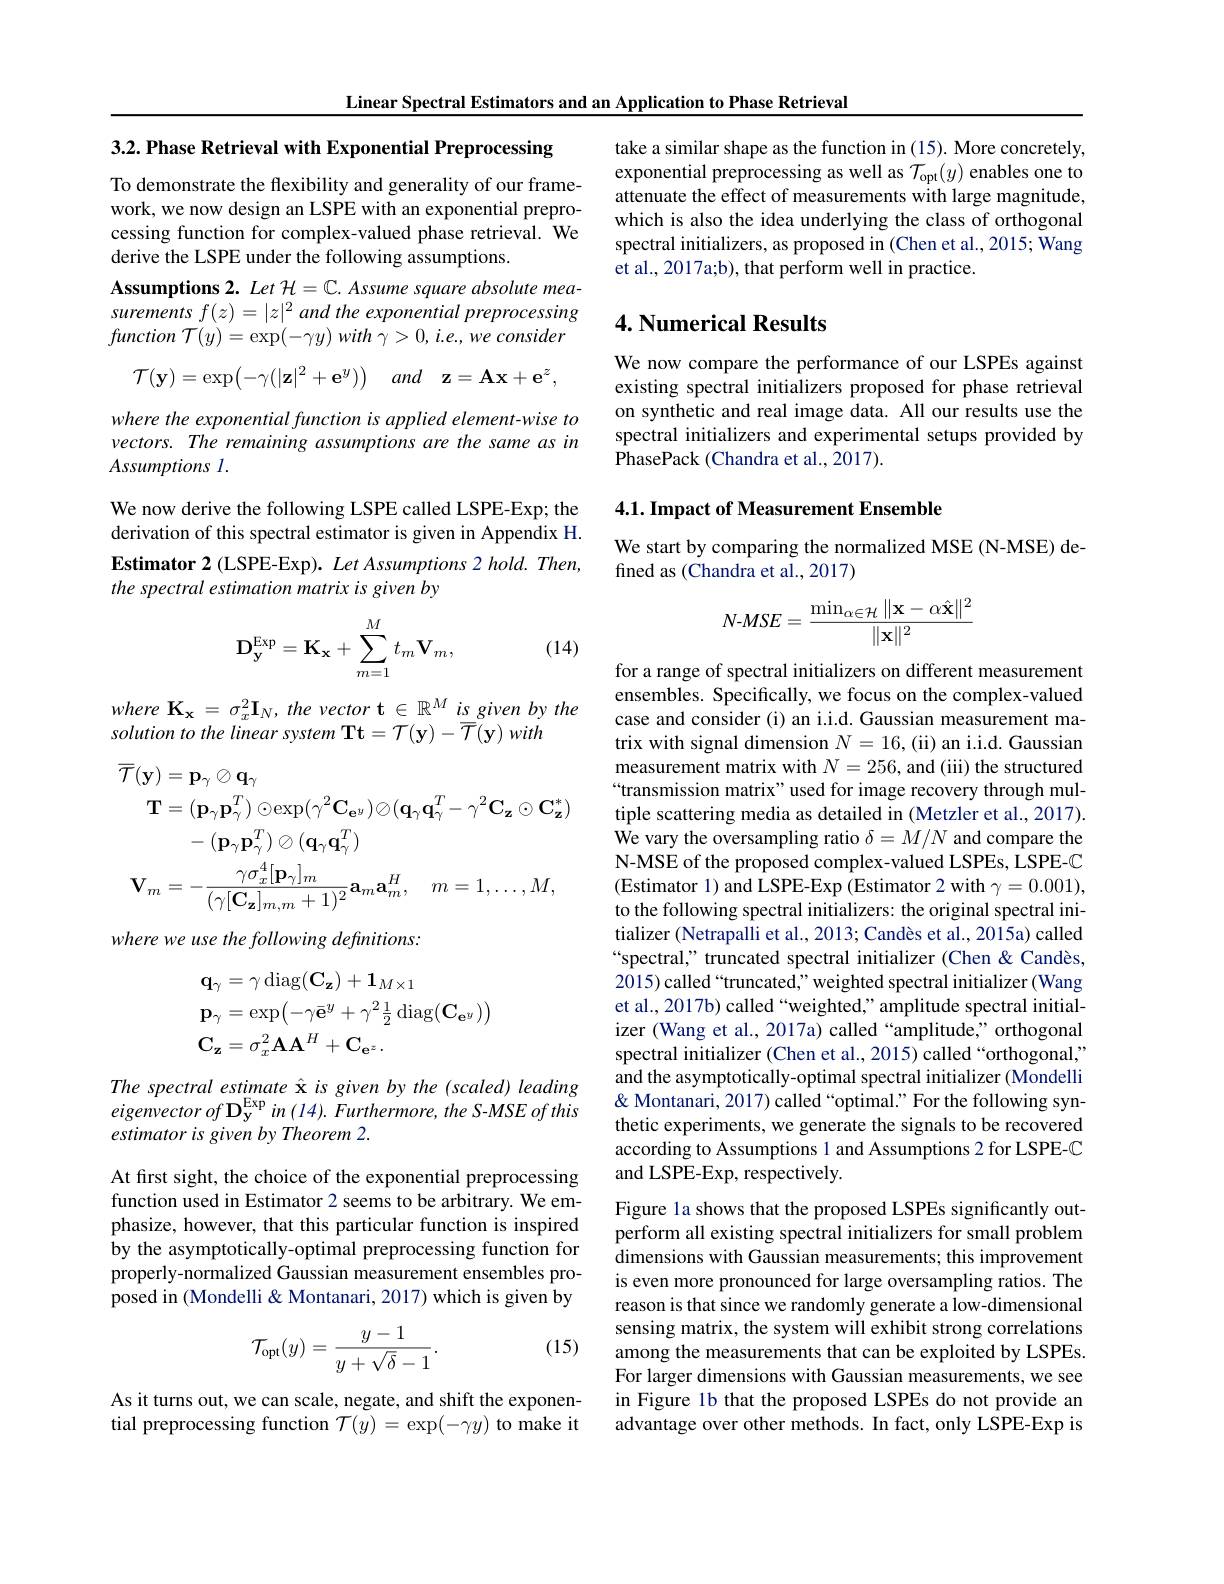
Linear Spectral Estimators and an Application to Phase Retrieval

3.2. Phase Retrieval with Exponential Preprocessing

To demonstrate the flexibility and generality of our framework, we now design an LSPE with an exponential preprocessing function for complex-valued phase retrieval. We derive the LSPE under the following assumptions.
Assumptions 2. Let $\mathcal{H}=\mathbb{C}.$ Assume square absolute mea- $surementsf(z)=|z|^2$ and the exponential preprocessing $function~{\mathcal T}(y)=\exp(-\gamma y)~with~\gamma>0,~i.e.,~we~consider$
$$\mathcal{T}(\mathbf{y})=\exp\bigl(-\gamma(|\mathbf{z}|^2+\mathbf{e}^y)\bigr)\quad and\quad\mathbf{z}=\mathbf{A}\mathbf{x}+\mathbf{e}^z$$
where the exponential function is applied element-wise to vectors. The remaining assumptions are the same as in $Assumptions~I.$

We now derive the following LSPE called LSPE-Exp; the derivation of this spectral estimator is given in Appendix H. Estimator 2 (LSPE-Exp). Let Assumptions 2 hold. Then, the spectral estimation matrix is given by
$$\mathbf{D_y^{Exp}}=\mathbf{K_x}+\sum_{m=1}^Mt_m\mathbf{V_m},$$
(14)

$where\mathbf{K} _{\mathbf{x} }= \sigma _{x}^{2}\mathbf{I} _{N}, the$ $vector\mathbf{t} \in \mathbb{R} ^{M}isgiven$ $by$ the
solution to the linear system Tt= T(y)- T(y) with
$$\begin{aligned}\overline{\mathcal{T}}(\mathbf{y})&=\mathbf{p}_{\gamma}\otimes\mathbf{q}_{\gamma}\\\mathbf{T}&=(\mathbf{p}_{\gamma}\mathbf{p}_{\gamma}^{T})\odot\exp(\gamma^{2}\mathbf{C}_{\mathbf{e}^{y}})\oslash(\mathbf{q}_{\gamma}\mathbf{q}_{\gamma}^{T}-\gamma^{2}\mathbf{C}_{\mathbf{z}}\odot\mathbf{C}_{\mathbf{z}}^{*})\\&-(\mathbf{p}_{\gamma}\mathbf{p}_{\gamma}^{T})\oslash(\mathbf{q}_{\gamma}\mathbf{q}_{\gamma}^{T})\\\mathbf{V}_{m}&=-\frac{\gamma\sigma_{x}^{4}[\mathbf{p}_{\gamma}]_{m}}{(\gamma[\mathbf{C}_{\mathbf{z}}]_{m,m}+1)^{2}}\mathbf{a}_{m}\mathbf{a}_{m}^{H},\quad m=1,\ldots,M,\end{aligned}$$
where we use the following definitions:
$$\begin{aligned}&\mathbf{q}_{\gamma}=\gamma\operatorname{diag}(\mathbf{C_{z}})+\mathbf{1}_{M\times1}\\&\mathbf{p}_{\gamma}=\exp\bigl(-\gamma\bar{\mathbf{e}}^{y}+\gamma^{2}\frac{1}{2}\operatorname{diag}(\mathbf{C}_{\mathbf{e}^{y}})\bigr)\\&\mathbf{C}_{\mathbf{z}}=\sigma_{x}^{2}\mathbf{A}\mathbf{A}^{H}+\mathbf{C}_{\mathbf{e}^{z}}.\end{aligned}$$
The spectral estimate ê is given by the (scaled) leading $eigenvectorof\mathbf{D}_{\mathbf{y}}^{\mathrm{Exp}}in\left(14\right).Furthermore,theS-MSEofthis$ estimator is given by Theorem 2.

At first sight, the choice of the exponential preprocessing function used in Estimator 2 seems to be arbitrary. We emphasize, however, that this particular function is inspired by the asymptotically-optimal preprocessing function for properly-normalized Gaussian measurement ensembles proposed in (Mondelli & Montanari, 2017) which is given by

(15)
$$\mathcal{T}_{\mathrm{opt}}(y)=\frac{y-1}{y+\sqrt{\delta}-1}.$$
As it turns out, we can scale, negate, and shift the exponential preprocessing function $\mathcal{T}(y)=\exp(-\gamma y)$ to make it

take a similar shape as the function in (15). More concretely, exponential preprocessing as well as $\mathcal{T}_\mathrm{opt}(y)$ enables one to attenuate the effect of measurements with large magnitude, which is also the idea underlying the class of orthogonal spectral initializers, as proposed in (Chen et al., 2015; Wang et al., 2017a;b), that perform well in practice.

## 4. Numerical Results

We now compare the performance of our LSPEs against existing spectral initializers proposed for phase retrieval on synthetic and real image data. All our results use the spectral initializers and experimental setups provided by PhasePack (Chandra et al., 2017).

4.1. Impact of Measurement Ensemble

We start by comparing the normalized MSE (N-MSE) de-
fined as (Chandra et al., 2017)
$$N-MSE=\frac{\min_{\alpha\in\mathcal{H}}\|\mathbf{x}-\alpha\hat{\mathbf{x}}\|^2}{\|\mathbf{x}\|^2}$$
for a range of spectral initializers on different measurement ensembles. Specifically, we focus on the complex-valued case and consider (i) an i.i.d. Gaussian measurement matrix with signal dimension $N=16$,(ii) an i.i.d. Gaussian measurement matrix with $N=256$, and (iii) the structured “transmission matrix" used for image recovery through multiple scattering media as detailed in (Metzler et al., 2017). We vary the oversampling ratio $\delta=M/N$ and compare the N-MSE of the proposed complex-valued LSPEs, LSPE-C (Estimator 1) and LSPE-Exp (Estimator 2 with $\gamma=0.001)$, to the following spectral initializers: the original spectral initializer (Netrapalli et al., 2013; Candès et al., 2015a) called “spectral,” truncated spectral initializer (Chen & Candès, 2015) called“truncated,” weighted spectral initializer (Wang et al., 2017b) called “weighted,” amplitude spectral initializer (Wang et al., 2017a) called“amplitude,”orthogonal spectral initializer (Chen et al., 2015) called“orthogonal;” and the asymptotically-optimal spectral initializer (Mondelli & Montanari, 2017) called “optimal.” For the following synthetic experiments, we generate the signals to be recovered according to Assumptions 1 and Assumptions 2 for LSPE-C and LSPE-Exp, respectively

Figure la shows that the proposed LSPEs significantly outperform all existing spectral initializers for small problem dimensions with Gaussian measurements; this improvement is even more pronounced for large oversampling ratios. The reason is that since we randomly generate a low-dimensional sensing matrix, the system will exhibit strong correlations among the measurements that can be exploited by LSPEs. For larger dimensions with Gaussian measurements, we see in Figure 1b that the proposed LSPEs do not provide an advantage over other methods. In fact, only LSPE-Exp is